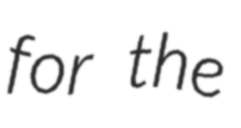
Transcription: for the